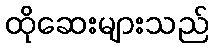
ထိုဆေးများသည်